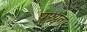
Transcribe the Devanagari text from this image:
घृण्यता